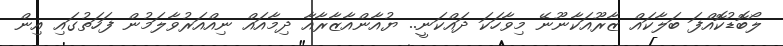
ލޯބޮޑުކޮއްފަ ބަލާކައް ޒާރޫއަކާނޫނޭ މިވާހަކަ ދައްކަނީ.. ޔުއާންއާޒާރާއާ ދިމާއައް ނިއްއަރުވާލަމުން ފަހަތުގައި އިން